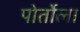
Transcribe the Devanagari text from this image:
पोर्तोला